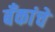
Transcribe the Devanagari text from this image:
बॅंकांचे